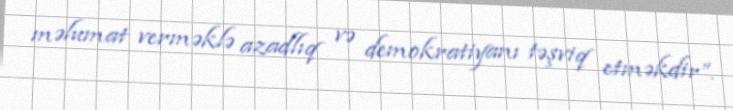
məlumat verməklə azadlıq və demokratiyanı təşviq etməkdir”.